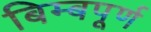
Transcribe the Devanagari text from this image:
बिम्बपूर्ण